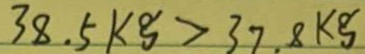
3 8 . 5 k g > 3 7 . 8 k g